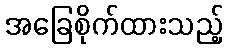
အခြေစိုက်ထားသည့်